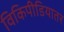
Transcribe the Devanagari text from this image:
विकिपीडियातर